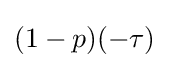
(1-p)(-\tau )